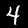
Digit: 4